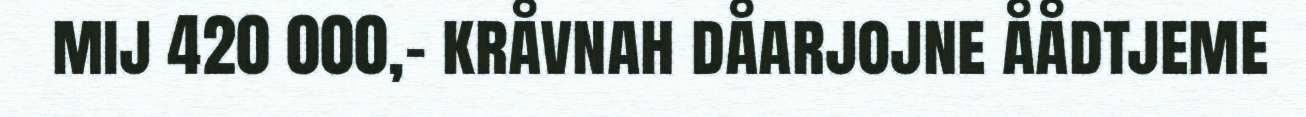
mij 420 000,- kråvnah dåarjojne åådtjeme